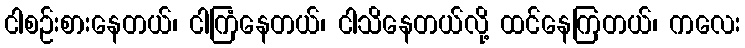
ငါစဉ်းစားနေတယ်၊ ငါကြံနေတယ်၊ ငါသိနေတယ်လို့ ထင်နေကြတယ်၊ ကလေး